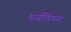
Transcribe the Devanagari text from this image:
धर्मलिंगम